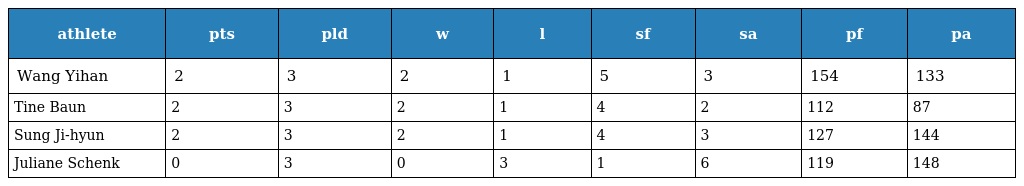
| athlete | pts | pld | w | l | sf | sa | pf | pa |
 | --- | --- | --- | --- | --- | --- | --- | --- | --- |
 | Wang Yihan | 2 | 3 | 2 | 1 | 5 | 3 | 154 | 133 |
 | Tine Baun | 2 | 3 | 2 | 1 | 4 | 2 | 112 | 87 |
 | Sung Ji-hyun | 2 | 3 | 2 | 1 | 4 | 3 | 127 | 144 |
 | Juliane Schenk | 0 | 3 | 0 | 3 | 1 | 6 | 119 | 148 |